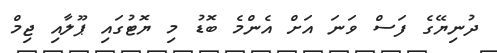
ދުނިޔޭގެ ފަސް ވަނަ އަށް އެންމެ ބޮޑު މި ޔޮޓުގައި ޕޫލާއި ޖިމް